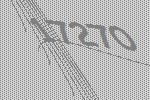
17270